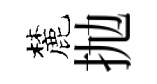
麓抛